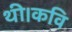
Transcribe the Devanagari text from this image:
थी।कवि